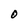
Character: 0